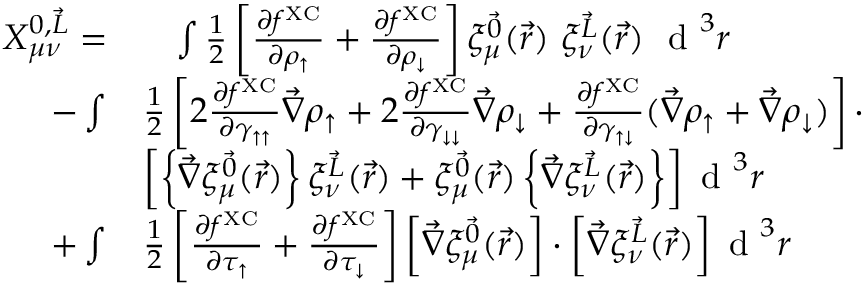
\begin{array} { r l } { X _ { \mu \nu } ^ { 0 , \vec { L } } = } & { \phantom { + } \int \frac { 1 } { 2 } \left[ \frac { \partial f ^ { \mathrm { X C } } } { \partial \rho _ { \uparrow } } + \frac { \partial f ^ { \mathrm { X C } } } { \partial \rho _ { \downarrow } } \right] \xi _ { \mu } ^ { \vec { 0 } } ( \vec { r } ) ~ \xi _ { \nu } ^ { \vec { L } } ( \vec { r } ) ~ \textrm { d } ^ { 3 } r } \\ { - \int } & { \frac { 1 } { 2 } \left[ 2 \frac { \partial f ^ { \mathrm { X C } } } { \partial \gamma _ { \uparrow \uparrow } } \vec { \nabla } \rho _ { \uparrow } + 2 \frac { \partial f ^ { \mathrm { X C } } } { \partial \gamma _ { \downarrow \downarrow } } \vec { \nabla } \rho _ { \downarrow } + \frac { \partial f ^ { \mathrm { X C } } } { \partial \gamma _ { \uparrow \downarrow } } ( \vec { \nabla } \rho _ { \uparrow } + \vec { \nabla } \rho _ { \downarrow } ) \right] \cdot } \\ & { \left[ \left\{ \vec { \nabla } \xi _ { \mu } ^ { \vec { 0 } } ( \vec { r } ) \right\} \xi _ { \nu } ^ { \vec { L } } ( \vec { r } ) + \xi _ { \mu } ^ { \vec { 0 } } ( \vec { r } ) \left\{ \vec { \nabla } \xi _ { \nu } ^ { \vec { L } } ( \vec { r } ) \right\} \right] \textrm { d } ^ { 3 } r } \\ { + \int } & { \frac { 1 } { 2 } \left[ \frac { \partial f ^ { \mathrm { X C } } } { \partial \tau _ { \uparrow } } + \frac { \partial f ^ { \mathrm { X C } } } { \partial \tau _ { \downarrow } } \right] \left[ \vec { \nabla } \xi _ { \mu } ^ { \vec { 0 } } ( \vec { r } ) \right] \cdot \left[ \vec { \nabla } \xi _ { \nu } ^ { \vec { L } } ( \vec { r } ) \right] \textrm { d } ^ { 3 } r } \end{array}